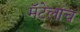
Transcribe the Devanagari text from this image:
मॅटेलाच